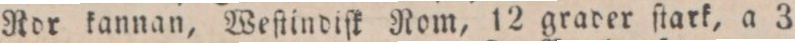
Rdr kannan, Weſtindiſk Rom, 12 grader ſtark, a 3